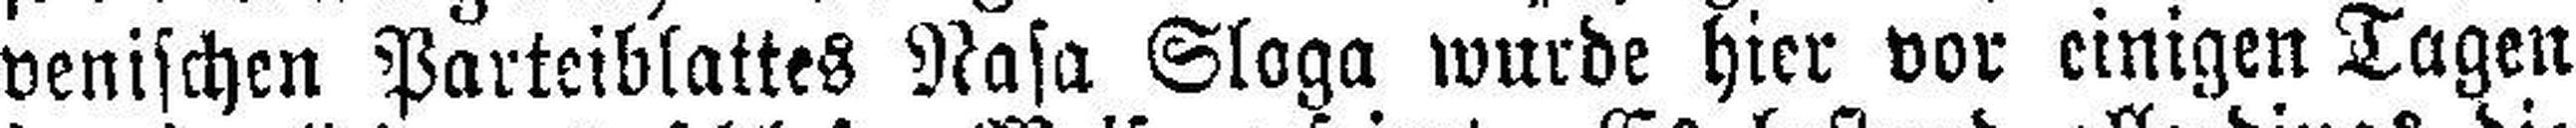
venischen Parteiblattes Nasa Sloga wurde hier vor einigen Tagen